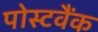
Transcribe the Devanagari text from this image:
पोस्टवैंक